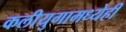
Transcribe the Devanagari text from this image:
कलीयुगामध्येही